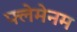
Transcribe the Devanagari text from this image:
फ्लेमेनम